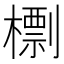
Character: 檦